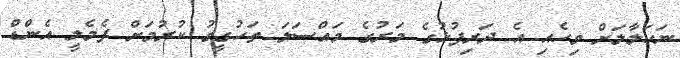
ނަހަލާލަށް ވިހެއި އެ ދަރިފުޅުގެ މަރުގެ މައްސަލަ ތަހުގީގު ކުރުމަށް ފެމެލީ އެންޑް